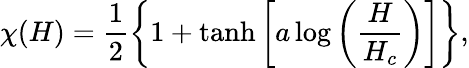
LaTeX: \chi(H)=\frac{1}{2}\left\{ 1+\operatorname{tanh}\left[a\log\left(\frac{H}{H_{c}}\right)\right]\right\} ,